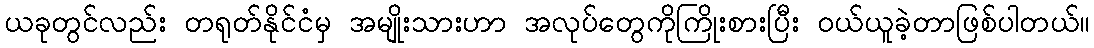
ယခုတွင်လည်း တရုတ်နိုင်ငံမှ အမျိုးသားဟာ အလုပ်တွေကိုကြိုးစားပြီး ဝယ်ယူခဲ့တာဖြစ်ပါတယ်။